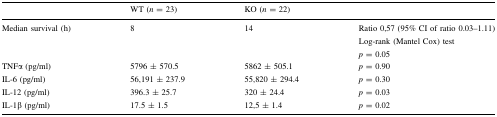
|  | WT (n = 23) | KO (n = 22) |  |
 | --- | --- | --- | --- |
 | Median survival (h) | 8 | 14 | Ratio 0,57 (95% CI of ratio 0.03–1.11)Log-rank (Mantel Cox) testp = 0.05 |
 | TNFα (pg/ml) | 5796 ± 570.5 | 5862 ± 505.1 | p = 0.90 |
 | IL-6 (pg/ml) | 56,191 ± 237.9 | 55,820 ± 294.4 | p = 0.30 |
 | IL-12 (pg/ml) | 396.3 ± 25.7 | 320 ± 24.4 | p = 0.03 |
 | IL-1β (pg/ml) | 17.5 ± 1.5 | 12,5 ± 1.4 | p = 0.02 |